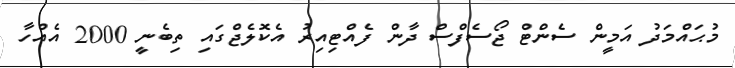
މުޙައްމަދު އަމީން ސެންޓް ޖޯސެފްސް ދާން ފެއްޓިއިރު އެކޮލެޖްގައި ތިބެނީ 2000 އެއްހާ